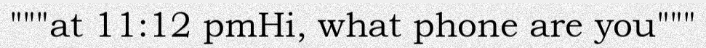
"""at 11:12 pmHi, what phone are you"""